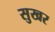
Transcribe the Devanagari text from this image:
सुखर